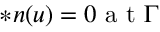
\ast \boldsymbol { n } ( u ) = 0 \mathrm { ~ a ~ t ~ } \Gamma